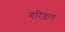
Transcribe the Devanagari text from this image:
गरिष्ठाय